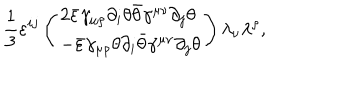
\frac 1 3 \varepsilon ^ { i j } \left( \begin{array} { l } { { 2 \bar { \varepsilon } \gamma _ { \mu \rho } \partial _ { i } \theta \bar { \theta } \gamma ^ { \mu \nu } \partial _ { j } \theta } } \\ { { - \bar { \varepsilon } \gamma _ { \mu \rho } \theta \partial _ { i } \bar { \theta } \gamma ^ { \mu \nu } \partial _ { j } \theta } } \\ \end{array} \right) \lambda _ { \nu } \lambda ^ { \rho } ,